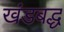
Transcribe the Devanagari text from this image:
खंडबद्ध